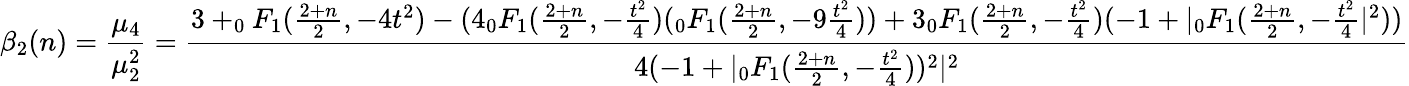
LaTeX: \beta_{2}(n)={\frac{\mu_{4}}{\mu_{2}^{2}}}={\frac{3+_{0}F_{1}({\frac{2+n}{2}},-4t^{2})-(4_{0}F_{1}({\frac{2+n}{2}},-{\frac{t^{2}}{4}})(_{0}F_{1}({\frac{2+n}{2}},-9{\frac{t^{2}}{4}}))+3_{0}F_{1}({\frac{2+n}{2}},-{\frac{t^{2}}{4}})(-1+|_{0}F_{1}({\frac{2+n}{2}},-{\frac{t^{2}}{4}}|^{2}))}{4(-1+|_{0}F_{1}({\frac{2+n}{2}},-{\frac{t^{2}}{4}}))^{2}|^{2}}}